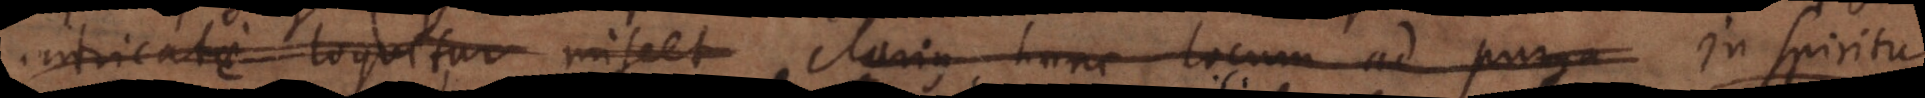
intricate loquitur miscet clarius hunc locum ad purga In spiritu